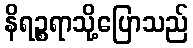
နိရဉ္စရာသို့ပြောသည်